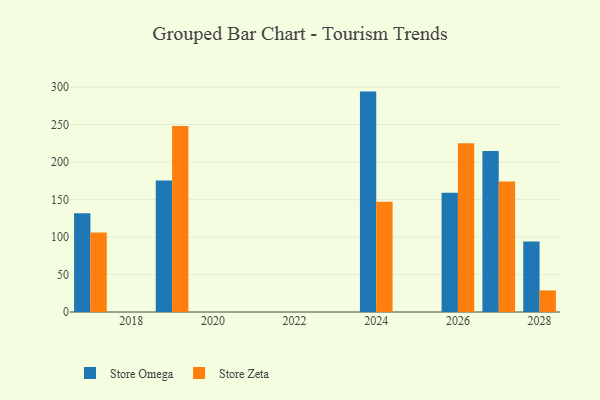
{"axis": {"x": "Year", "y": "Revenue (USD Million)"}, "legend": ["Store Omega", "Store Zeta"], "data": [{"x": "2019", "y": 175.4, "type": "Store Omega"}, {"x": "2019", "y": 248.1, "type": "Store Zeta"}, {"x": "2027", "y": 214.9, "type": "Store Omega"}, {"x": "2027", "y": 174.0, "type": "Store Zeta"}, {"x": "2026", "y": 159.2, "type": "Store Omega"}, {"x": "2026", "y": 225.2, "type": "Store Zeta"}, {"x": "2024", "y": 294.1, "type": "Store Omega"}, {"x": "2024", "y": 147.1, "type": "Store Zeta"}, {"x": "2028", "y": 94.1, "type": "Store Omega"}, {"x": "2028", "y": 28.8, "type": "Store Zeta"}, {"x": "2017", "y": 131.7, "type": "Store Omega"}, {"x": "2017", "y": 106.1, "type": "Store Zeta"}]}